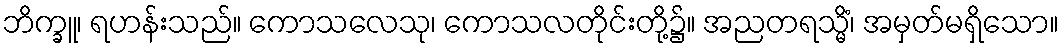
ဘိက္ခူ၊ ရဟန်းသည်။ ကောသလေသု၊ ကောသလတိုင်းတို့၌။ အညတရသ္မိံ၊ အမှတ်မရှိသော။